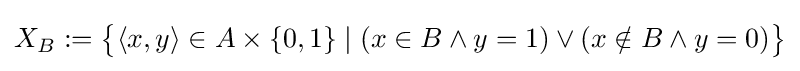
X_{B}:={\big \{}\langle x,y\rangle \in A\times \{0,1\}\mid (x\in B\land y=1)\lor (x\notin B\land y=0){\big \}}